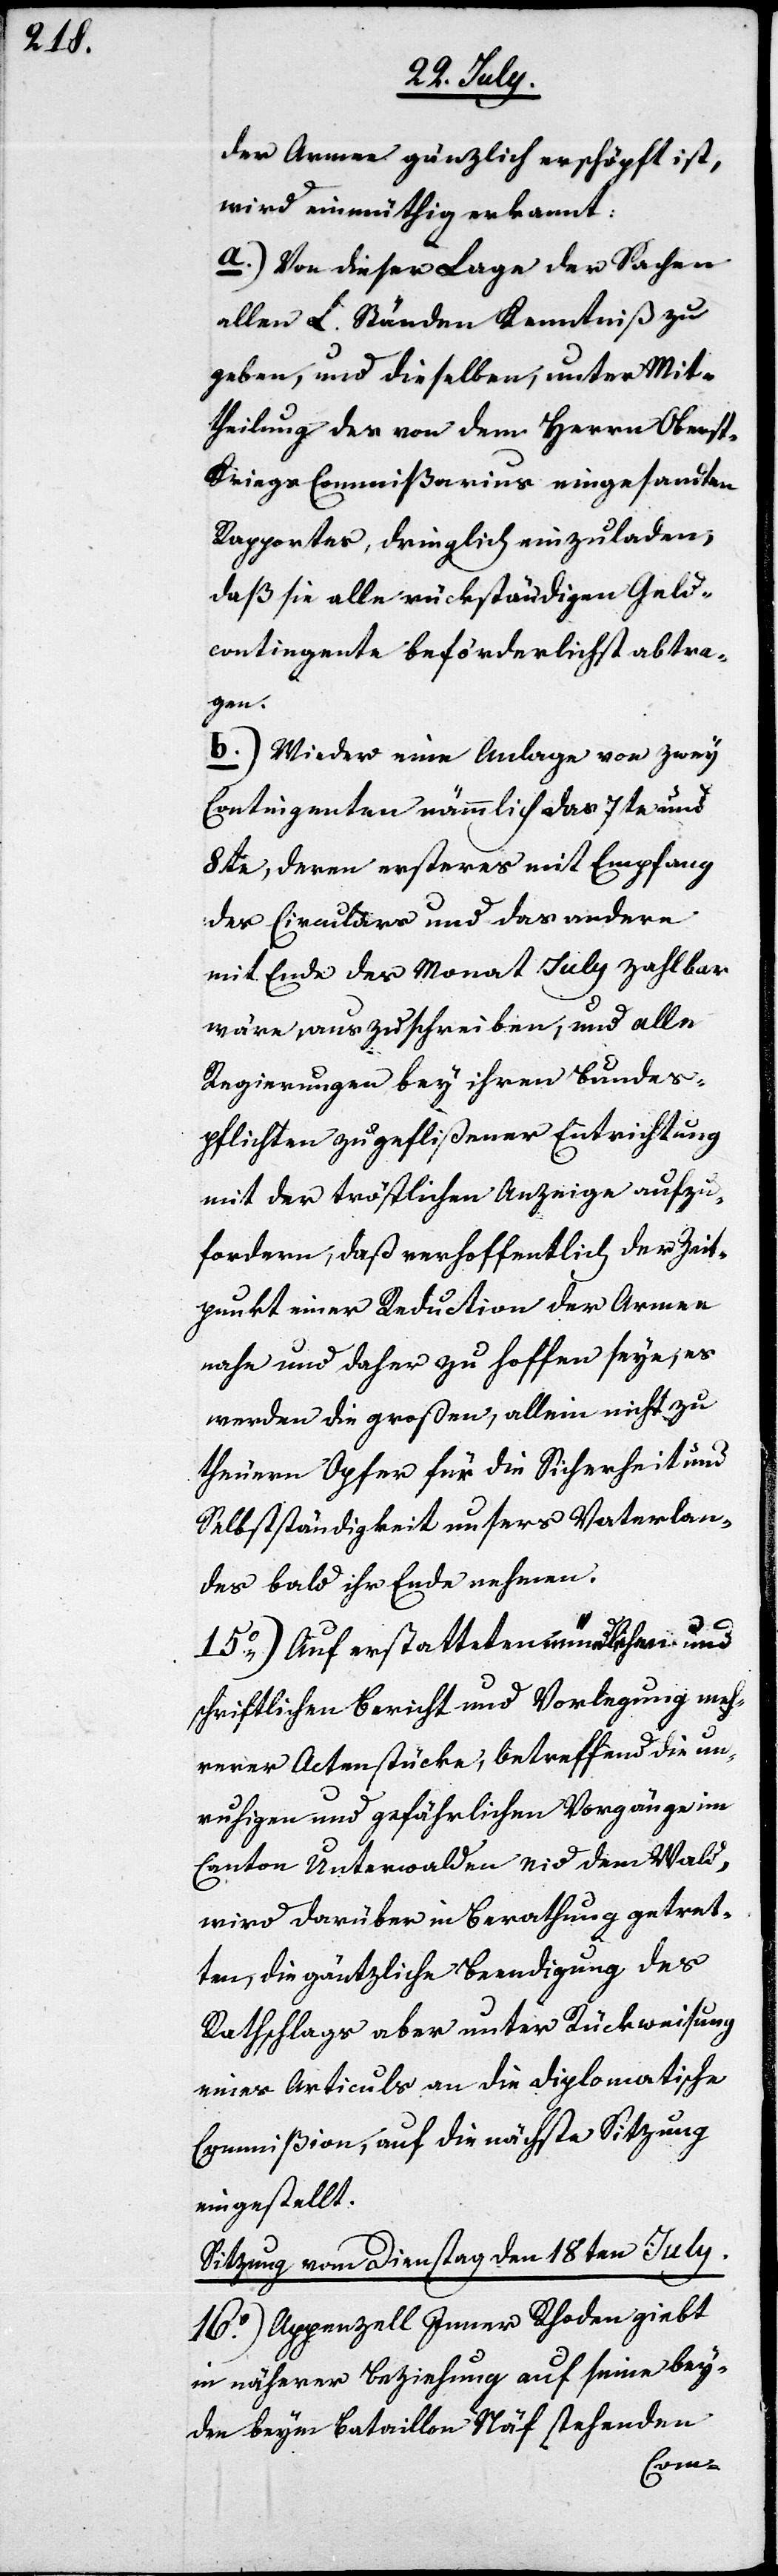
der Armee gänzlich erschöpft ist,
wird einmüthig erkannt:
a. Von dieser Lage der Sachen
allen L. Ständen Kenntniß zu
geben, und dieselben, unter Mit¬
theilung des von dem Herrn Obers¬
t-Kriegs-Commißarius eingesandten
Rapportes, dringlich einzuladen,
daß sie alle rückständigen Geld¬
contingente beförderlichst abtra¬
gen.
b. Wieder eine Anlage von zwey
Contingenten nämmlich das 7te und
8te, deren ersteres mit Empfang
des Circulars und das andere
mit Ende des Monat July zahlbar
wäre, auszuschreiben, und alle
Regierungen bey ihren Bundes¬
pflichten zu geflißener Entrichtung
mit der tröstlichen Anzeige aufzu¬
fordern, daß verhoffentlich der Zeit¬
punkt einer Reduction der Armee
nahe und daher zu hoffen seye, es
werden die großen, allein nicht zu
theuren Opfer für die Sicherheit und
Selbstständigkeit unsers Vaterlan¬
des bald ihr Ende nehmen.
15.) Auf erstatteten mündlichen und
schriftlichen Bericht und Vorlegung meh¬
rerer Actenstücke, betreffend die un¬
ruhigen und gefährlichen Vorgänge im
Canton Unterwalden nid dem Wald
wird darüber in Berathung getret¬
ten, die gäntzliche Beendigung des
Rathschlags aber unter Rückweisung
eines Articuls an die Diplomatische
Commißion, auf die nächste Sitzung
eingestellt.
Sitzung vom Dienstag den 18ten July.
16.) Appenzell Inner Rhoden giebt
in näherer Beziehung auf seine bey¬
den beym Bataillon Näf stehenden